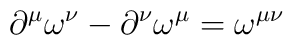
\partial^\mu \omega^\nu -\partial^\nu \omega^\mu = \omega^{\mu\nu}